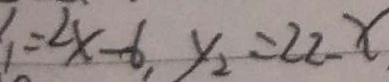
y _ { 1 } = 2 x - 6 y _ { 2 } = 2 2 - x